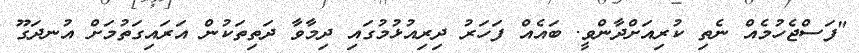
"ފަސްޖެހުމެއް ނެތި ކުރިއަށްދާންވީ. ބައެއް ފަހަރު ދިރިއުޅުމުގައި ދިމާވާ ދަތިތަކުން އަރައިގަތުމަށް އުނދަގޫ